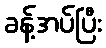
ခန့်အပ်ပြီး